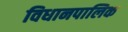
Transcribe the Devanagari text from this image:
विधानपालिक